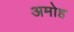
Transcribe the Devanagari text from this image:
अमोह